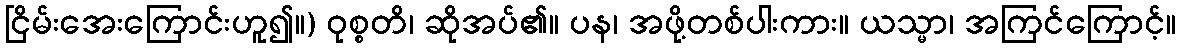
ငြိမ်းအေးကြောင်းဟူ၍။) ဝုစ္စတိ၊ ဆိုအပ်၏။ ပန၊ အဖို့တစ်ပါးကား။ ယသ္မာ၊ အကြင်ကြောင့်။